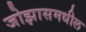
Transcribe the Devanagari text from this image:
जोझासमधील